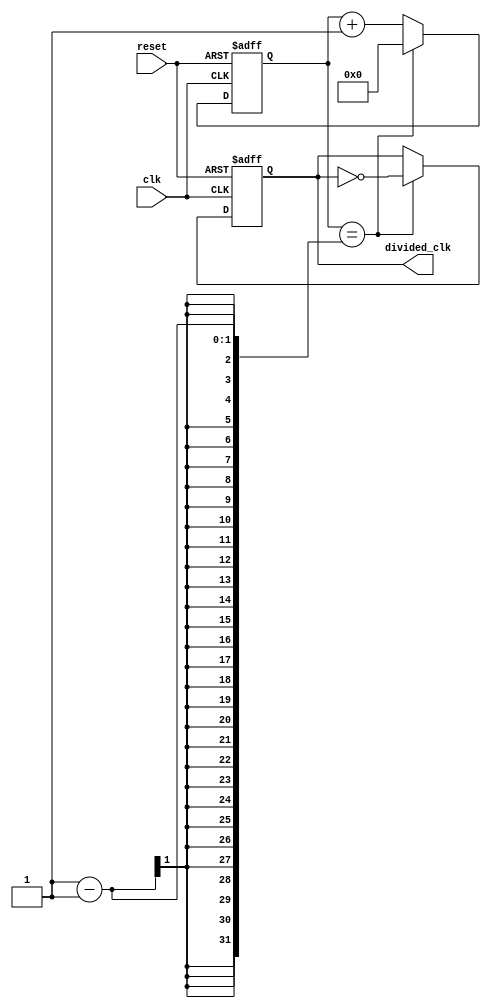
module frequency_divider(
    input wire clk,
    input wire reset,
    output reg divided_clk
);

reg [15:0] counter;

always @(posedge clk or posedge reset) begin
    if (reset) begin
        counter <= 0;
        divided_clk <= 0;
    end else begin
        if (counter == DIVISION_RATIO - 1) begin
            counter <= 0;
            divided_clk <= ~divided_clk;
        end else begin
            counter <= counter + 1;
        end
    end
end

endmodule